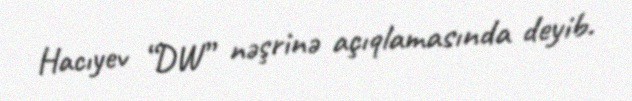
Hacıyev “DW” nəşrinə açıqlamasında deyib.